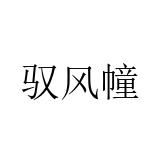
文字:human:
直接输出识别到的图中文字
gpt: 驭风幢